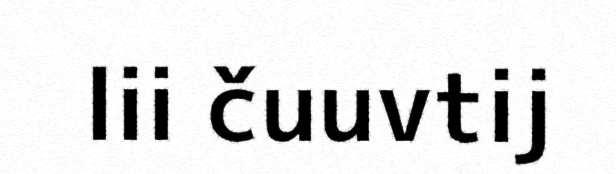
lii čuuvtij